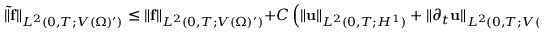
\| \mathbf { \tilde { f } } \| _ { L ^ { 2 } ( 0 , T ; V ( \Omega ) ^ { \prime } ) } \leq \| \mathbf { f } \| _ { L ^ { 2 } ( 0 , T ; V ( \Omega ) ^ { \prime } ) } + C \left( \| \mathbf { u } \| _ { L ^ { 2 } ( 0 , T ; H ^ { 1 } ) } + \| \partial _ { t } \mathbf { u } \| _ { L ^ { 2 } ( 0 , T ; V ( \Omega ) ^ { \prime } ) } \right)